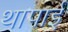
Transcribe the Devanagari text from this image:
थापाई